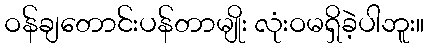
ဝန်ချတောင်းပန်တာမျိုး လုံးဝမရှိခဲ့ပါဘူး။